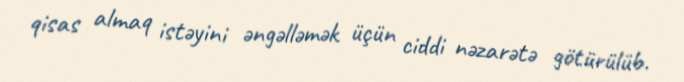
qisas almaq istəyini əngəlləmək üçün ciddi nəzarətə götürülüb.